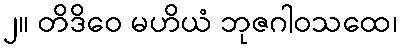
၂။ တိဒိဝေ မဟိယံ ဘုဇဂါဝသထေ၊